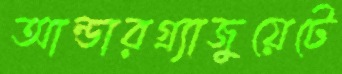
আন্ডারগ্র্যাজুয়েটে